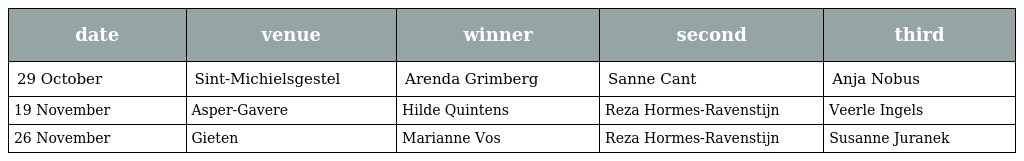
| date | venue | winner | second | third |
 | --- | --- | --- | --- | --- |
 | 29 October | Sint-Michielsgestel | Arenda Grimberg | Sanne Cant | Anja Nobus |
 | 19 November | Asper-Gavere | Hilde Quintens | Reza Hormes-Ravenstijn | Veerle Ingels |
 | 26 November | Gieten | Marianne Vos | Reza Hormes-Ravenstijn | Susanne Juranek |